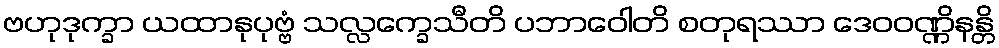
ဗဟုဒုက္ခာ ယထာနုပုဗ္ဗံ သလ္လက္ခေသီတိ ပဘာဝေါတိ စတုရဿာ ဒေဝဝဏ္ဏိနန္တိ